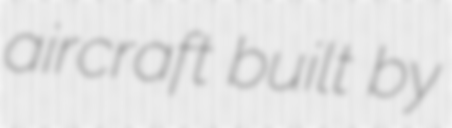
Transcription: aircraft built by